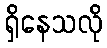
ရှိနေသလို